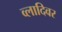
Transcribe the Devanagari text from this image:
व्लादिवर